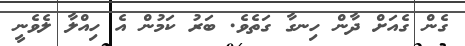
ގެން ގެއަށް ދާން ހިނގާ ގަތެވެ. ބަރު ކަމުން އެ ހިއްލާ ލެވެނީ